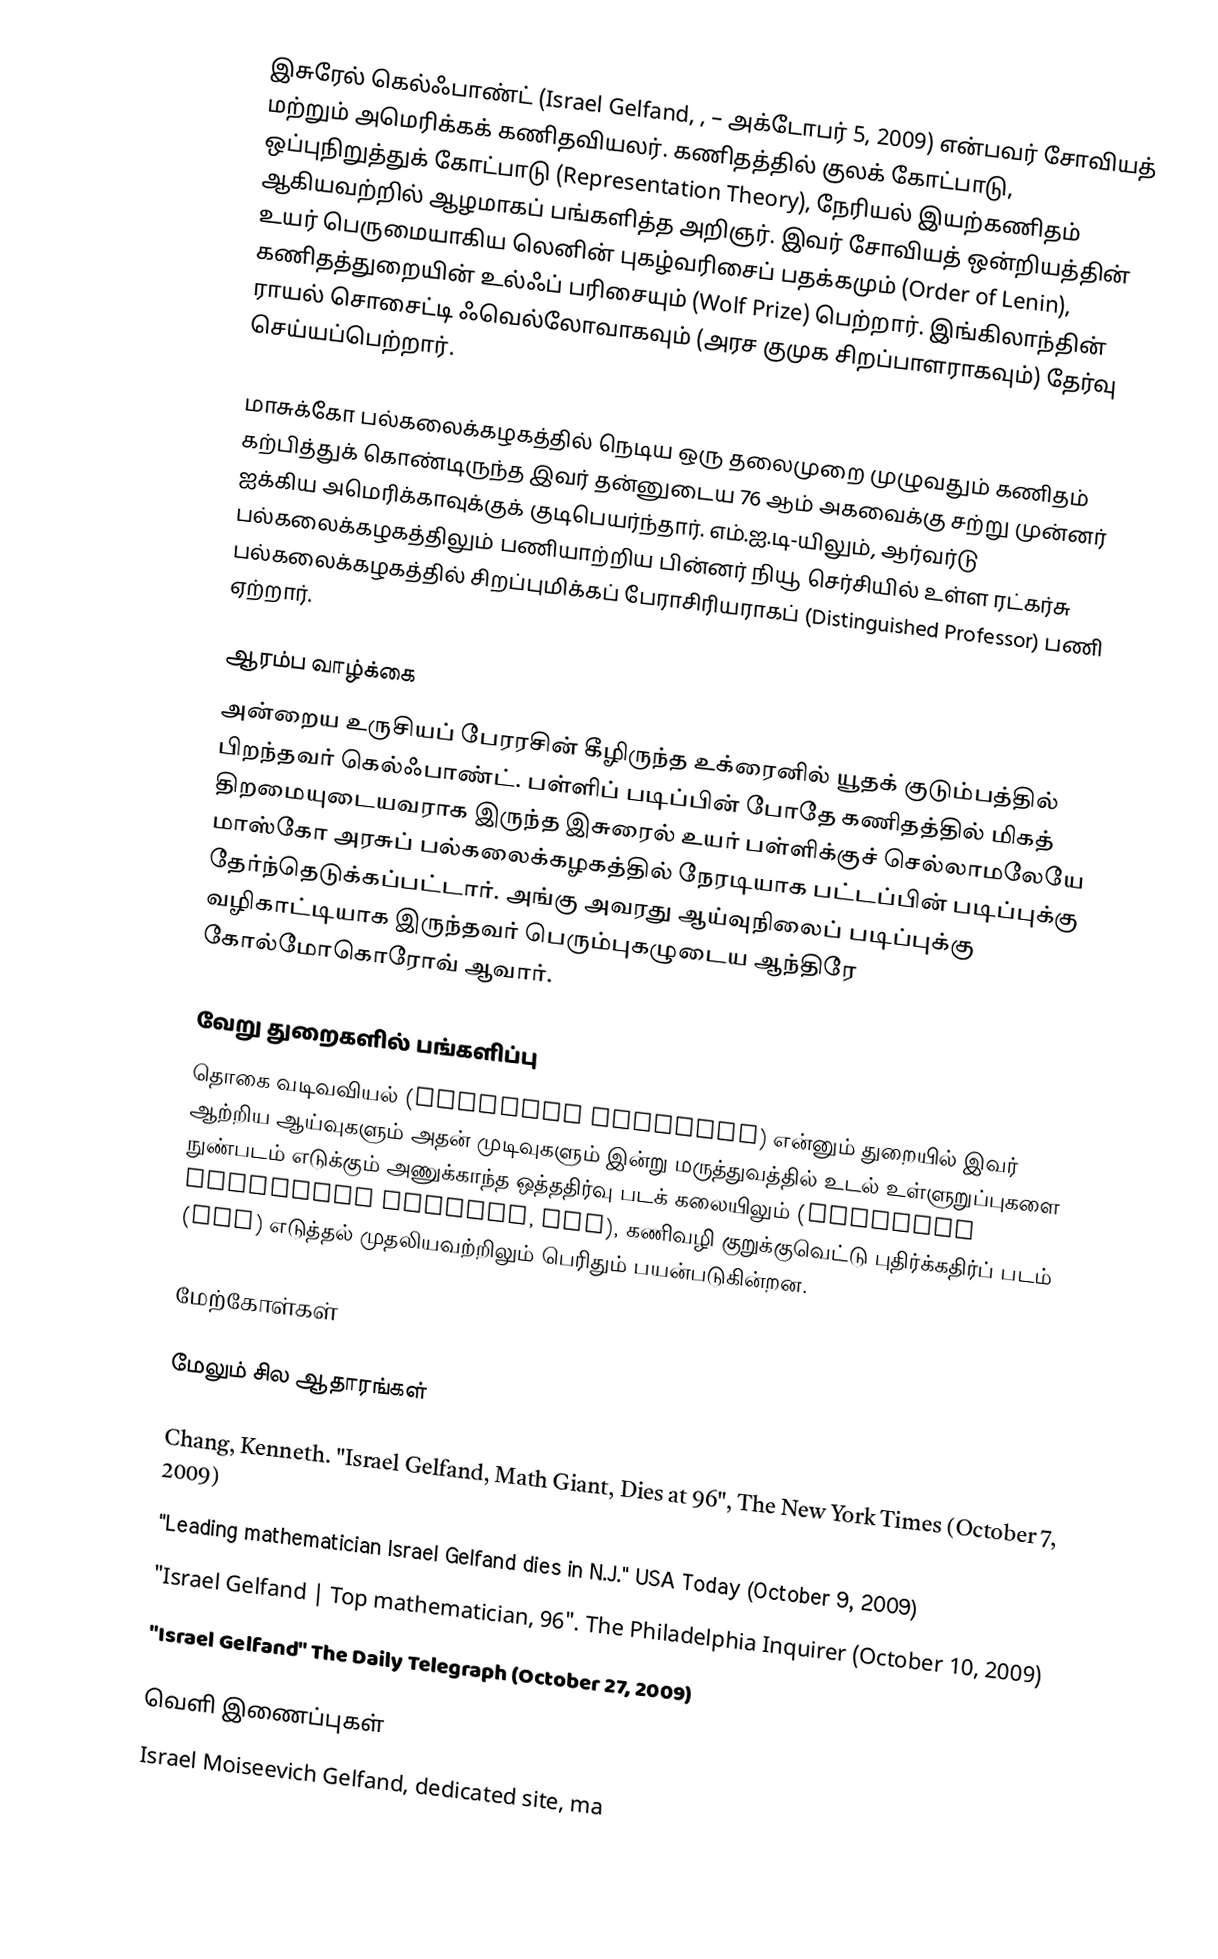
இசுரேல் கெல்ஃபாண்ட் (Israel Gelfand, ,  – அக்டோபர் 5, 2009) என்பவர் சோவியத் மற்றும் அமெரிக்கக் கணிதவியலர். கணிதத்தில் குலக் கோட்பாடு, ஒப்புநிறுத்துக் கோட்பாடு (Representation Theory), நேரியல் இயற்கணிதம் ஆகியவற்றில் ஆழமாகப் பங்களித்த அறிஞர். இவர் சோவியத் ஒன்றியத்தின் உயர் பெருமையாகிய லெனின் புகழ்வரிசைப் பதக்கமும் (Order of Lenin), கணிதத்துறையின் உல்ஃப் பரிசையும் (Wolf Prize) பெற்றார். இங்கிலாந்தின் ராயல் சொசைட்டி ஃவெல்லோவாகவும் (அரச குமுக சிறப்பாளராகவும்) தேர்வு செய்யப்பெற்றார்.

மாசுக்கோ பல்கலைக்கழகத்தில் நெடிய ஒரு தலைமுறை முழுவதும் கணிதம் கற்பித்துக் கொண்டிருந்த இவர் தன்னுடைய 76 ஆம் அகவைக்கு சற்று முன்னர் ஐக்கிய அமெரிக்காவுக்குக் குடிபெயர்ந்தார். எம்.ஐ.டி-யிலும், ஆர்வர்டு பல்கலைக்கழகத்திலும் பணியாற்றிய பின்னர் நியூ செர்சியில் உள்ள ரட்கர்சு பல்கலைக்கழகத்தில் சிறப்புமிக்கப் பேராசிரியராகப் (Distinguished Professor) பணி ஏற்றார்.

ஆரம்ப வாழ்க்கை
அன்றைய உருசியப் பேரரசின் கீழிருந்த உக்ரைனில் யூதக் குடும்பத்தில் பிறந்தவர் கெல்ஃபாண்ட். பள்ளிப் படிப்பின் போதே கணிதத்தில் மிகத் திறமையுடையவராக இருந்த இசுரைல் உயர் பள்ளிக்குச் செல்லாமலேயே மாஸ்கோ அரசுப் பல்கலைக்கழகத்தில் நேரடியாக பட்டப்பின் படிப்புக்கு தேர்ந்தெடுக்கப்பட்டார். அங்கு அவரது ஆய்வுநிலைப் படிப்புக்கு வழிகாட்டியாக இருந்தவர் பெரும்புகழுடைய ஆந்திரே கோல்மோகொரோவ் ஆவார்.

வேறு துறைகளில் பங்களிப்பு
தொகை வடிவவியல் (integral geometry) என்னும் துறையில் இவர் ஆற்றிய ஆய்வுகளும் அதன் முடிவுகளும் இன்று மருத்துவத்தில் உடல் உள்ளுறுப்புகளை நுண்படம் எடுக்கும் அணுக்காந்த ஒத்ததிர்வு படக் கலையிலும் (Magnetic Resonance Imaging, MRI), கணிவழி குறுக்குவெட்டு புதிர்க்கதிர்ப் படம் (CAT) எடுத்தல் முதலியவற்றிலும் பெரிதும் பயன்படுகின்றன.

மேற்கோள்கள்

மேலும் சில ஆதாரங்கள்

Chang, Kenneth. "Israel Gelfand, Math Giant, Dies at 96", The New York Times (October 7, 2009)
"Leading mathematician Israel Gelfand dies in N.J." USA Today (October 9, 2009)
"Israel Gelfand | Top mathematician, 96". The Philadelphia Inquirer (October 10, 2009)
"Israel Gelfand" The Daily Telegraph (October 27, 2009)

வெளி இணைப்புகள்
Israel Moiseevich Gelfand, dedicated site, ma